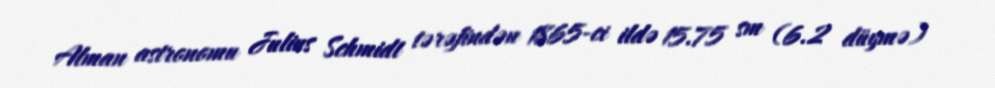
Alman astronomu Julius Schmidt tərəfindən 1865-ci ildə 15.75 sm (6.2 düymə)